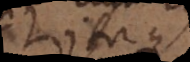
Itaque